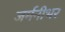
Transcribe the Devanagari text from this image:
जर्मनीभर